Tezpur Lunatic Asylum reports 1895-1904 - 1895-1904
Year: 1895
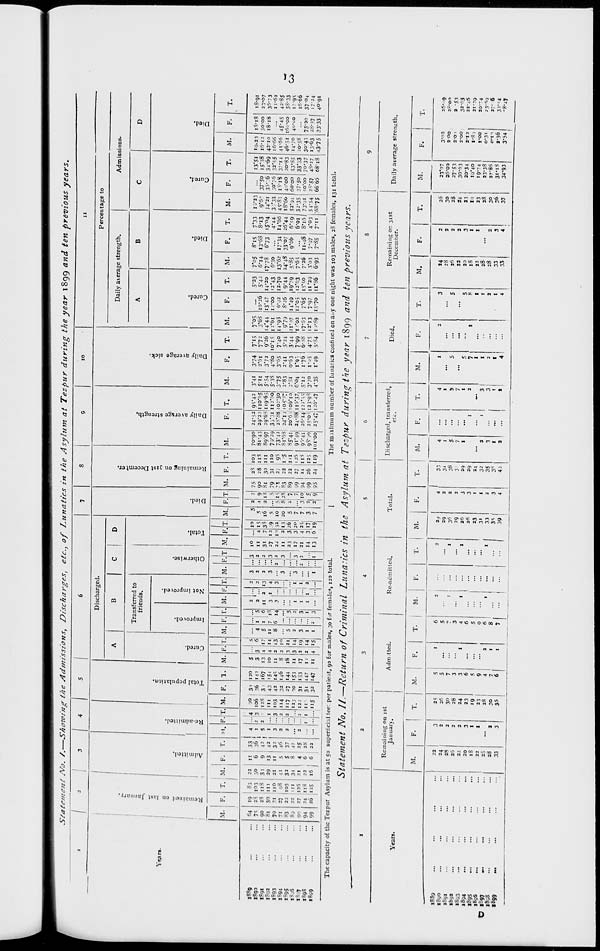
*0 03%* l>OI4> 0> k»w OO
n
CO »3 13 IJ ~ tJ U |j u ,j p >
WCGC^W COO '-* C7\ 00 4*. |j
s
re
3
• 0
COW
•" — LJ t- »J | : ,„
,
CAO 00 wj *© Co 4*. OOO -_?\ JI
o* M *. \o cn auu^oiui
2
> c
3
<?
p.
w «• U
"^
#TJ
*■* 00 Oi O Cn 0\J>. w * -1 Cn 0\
H
2
—
73
n
su
EL
g
0
*]
H
5»
^O Ji U — 00) :3i 0>\© JNO C
0
4fcC*}MM - 0J u i o H n x-
P
AUUU K> W MUUUU
U.- XW U 4* O -O
- 00 •- u
2
U « - U
WVJWIM*
Discharged, transferred,
etc.
..._,_,.,.. j .,
!
W -<U'<P
o - - i '.r - J-
i-3
^«wm*<<f',n
Cn
»*
s»
g
0.
: i : : : ; : : :
|fl
* M u M M -xin
tn. to
H
COOJ)t0»fc»MMMM»0M
00 CO CO 00 t J OOO l i -'
■0 4*
5>
j?l r. W
ft 2'
3 S.
r 0
Co
4* 0* tO
" M U 1) U 1) IJ
71
01 ■ I ■ - >J " — ■ •» H ' ■
' i
*-J O■ o cow .
-.i ■- COO t0\
H
i-< /. J, ./, ^ O -•- -- -o u
'
5=>
Daily average strength.
CJMOOM M M to fcO » CO
li'l*»«uO'j!jHOO OO
4> Q* J - O w ' J C
U i J
P
. -J U ■- n u M '.. IJ " i '
M^MU O ■• » M
*/J 0\
** n -. j\ -l ij -t- Q«IA O
-
*■* +- OX o ■*- O »ta ■*» JO
H
s
•a
P.
c
Co §
«-».
a (U
«>.
^>
i U
^
P
At ■o
*-K
ft
00 op JO oa -n -/) 10 -j3 no oa 00
§ t
1
c*>
«>.
S
^8
s
CO
Q
N,
P>
"t
3
^ -
ft
«
Si
>{
00
o
to
5
>£ 4. e 8 & s 2 « 0 JI *.
1 ■ ' J - > ' . IJ n
1 -j, u ij —
|J M IJ w o ." M " M o CO
UlCCCiNUIOOO- 00U3O.
M 10 IJ U Ul A 10 u W u> IJ
ONNMJ>
WH H\OV.
0*-J
OOSJJ*. OOOiLn MtrtO ©\*
to K» to u w a* 03 -U a- '., t* J
to K in M M ai «J to (o O\0o
to :
(.■ (j .:,, - _M - .
i " : : i i i N "•
i N ,J ; KUUN . w 4k
a.~ K
^^ ii -J u u J* 4. t*) .0 u
*■ *" a
M 0000« O U) to en
* M ,j Co UJ U M 4* ■** W ;
MH(A NUI!
a - 'JI 4* :
U iQ) ut/l *. 4> ^>Q*tJn:
'■' :
- IJ i.
l; 4- :. 1 ro 10
: : OJ : oo : o> M to oo
H
cr
3
3
cr
re
10 u ;
co 10 OJ to to 03
PCQ4-> U Q> M J lovi J>
H H N lo IJ ■
_ vo --J; ~ti C OXOJ 10 vO oo^i O
Mi»i*JMai o 0 ,JI o\-n
vQ Vi 0 -^i «*J X JI Ui O^vQ M
»OOOvC 0000*J^» CCJD -^1
u, C ■:- ._ C 'JJ .^ C >- U "Ji
M M
M u , . U w N M
* c. * ^ ,J "
M 0 00 "°
O
0
O "' ' o> M Ul 0 M ^.w
C OvOO rn -n^i ^, CO co~>
Lo
>o
O
4-
5. O " v_l x '" >o "' -' 0
to 10 to to to IJ 10 00 10 to to
u< 'JI Cn 4* O .t*. OC t- O vO J>
i«o o J ;
X Oo O* ON J* "**
4. CO Cn OS U K> Co U1U1U CO
0
UI 0 u
*■
- "' 00 *■
M
- « M H O •o CO 4- CO u CO
4- too 014^ &ttM OIVJ
vA^i cT>->co MCM O w •-■ 4-
D
cn
9
ft
fc-
Cl
a
Cn 4. C>^4 CO Cn ^4 Ct vO ^J ^4
CC >4 ^.IO 4- tj 4- "^ IJ*4 M
4- cn 0C42 4-4- O -*- CN IJ Cl
a. IH CTI o J NI'IC o-4- cr. o*
IDUCJ HN O CO«4- CO-7!
Remained on last January,
Admitted.
Re-admitted.
13
tra
o u 4- CO O- i- CO o
*H*i "i '•'! 0> co O*JOIM
l© O* U Oi Cc .' QJNH O*
w Co C^JIOI w^ 0 CO4. t/l
C^M-O.
S . *o CO " . CJ " 00
:
2; d co ■ "4' & i-T
c>" i:
co 53 oi
vj)4- 00C7\O\o>4-4*tnCO<I
6 >4 O ;T 4» cJ f- O « CJ
I0 4- o, 4- 4- CO Co
ChCnvlCocfi -4*Uv,
CO 4- U» •- to CO _n .,, 4. VC> 7!
!"* ¥' f: f^i y sj co w" N » »J
Ch U n (o Ct\ 4- ii Ci CO CO
o> 4; q »o o c 4. o ji <! .
C7>cn Q cn
O H -i i ; ui ;
O OS O CN o
(M.NCJ JI UCJCOCOM M
Kl X O Cl CI O"' 144-UiCO
a^y Cl CO 0C M
Wi ^O COH
5 5j u M 4- 4-
q 4- o>~
§J3 jj
4- o>4.
O O Ui i 513
O "i ^i as at 5*a a
H
Total population.
Cured.
Improved.
Not improved.
p
£-5
Otherwise.
Total.
00
XT
ft
Died.
Remaining on 31st December.
Daily average strength.
Daily average sick.
2
y
Cured.
>
0
H
ft
g
in
s>
rt
re
a
tw
f
Died.
CO
0-
H
2
7]
Cured.
0
>
0.
H
3
g
a
u>
ja
Died.
0
H
Si
b
^
5*
h
Si
R
ft,
R
't
a"
OS
V4
ft
00
VD
a
ft.
«i.
g
R
to
Vj
ft
e t